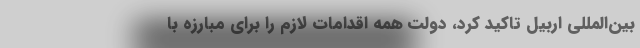
بین‌المللی اربیل تاکید کرد، دولت همه اقدامات لازم را برای مبارزه با